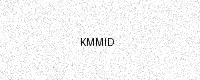
Text: KMMID